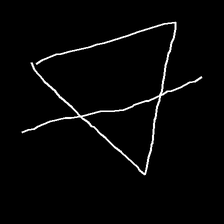
Glyph: empower